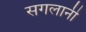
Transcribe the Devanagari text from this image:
सगलानी